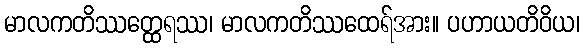
မာလကတိဿတ္ထေရဿ၊ မာလကတိဿထေရ်အား။ ပဟာယတိဝိယ၊